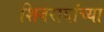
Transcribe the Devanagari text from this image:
शिवरायांच्या